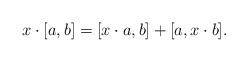
LaTeX: \begin{align*} x\cdot [a,b]=[x\cdot a,b]+[a,x\cdot b].\end{align*}